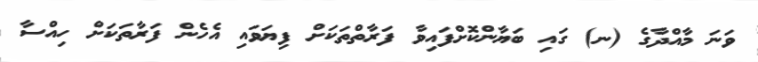
ވަނަ މާއްދާގެ (ނ) ގައި ބަޔާންކޮށްފައިވާ ފަރާތްތަކަށް ފިޔަވައި އެހެން ފަރާތަކަށް ހިއްސާ